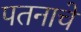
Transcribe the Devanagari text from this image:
पतनाचे